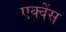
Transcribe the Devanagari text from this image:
एक्वेंस